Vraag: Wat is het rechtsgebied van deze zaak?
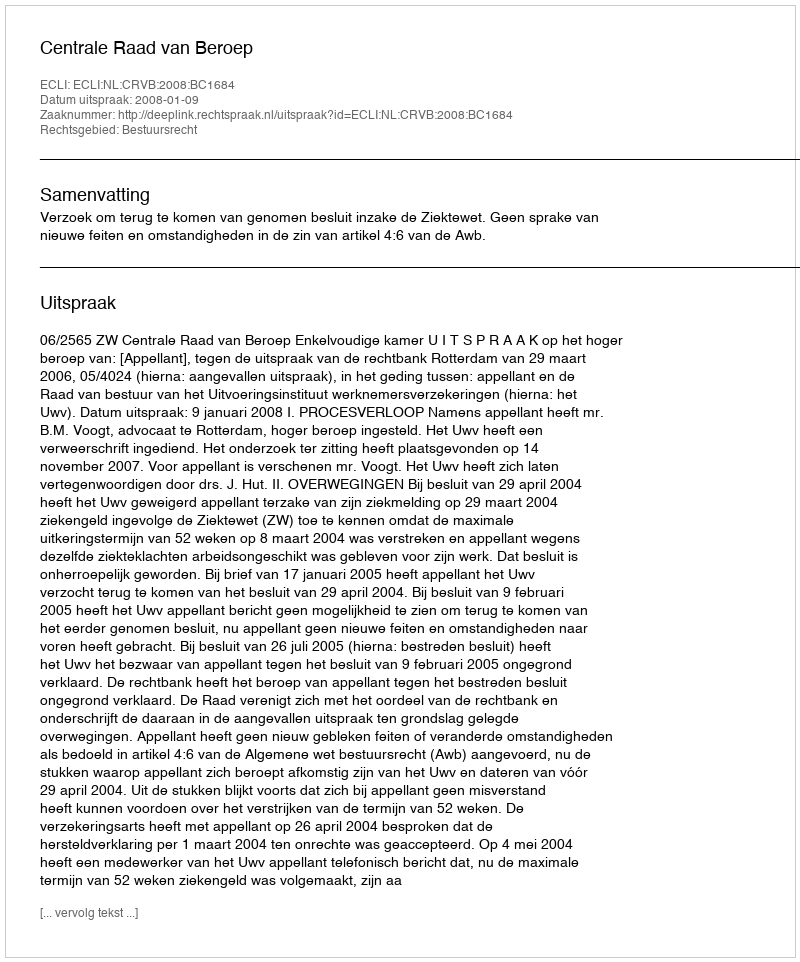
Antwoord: Bestuursrecht